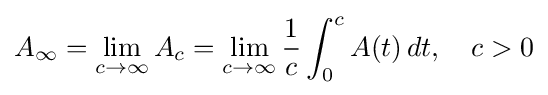
A_{\infty }=\lim _{c\rightarrow \infty }A_{c}=\lim _{c\rightarrow \infty }{\frac {1}{c}}\int _{0}^{c}A(t)\,dt,\quad c>0